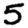
Digit: 5